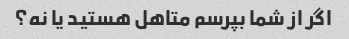
اگر از شما بپرسم متاهل هستید یا نه؟